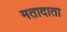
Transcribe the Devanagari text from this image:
मतादाता